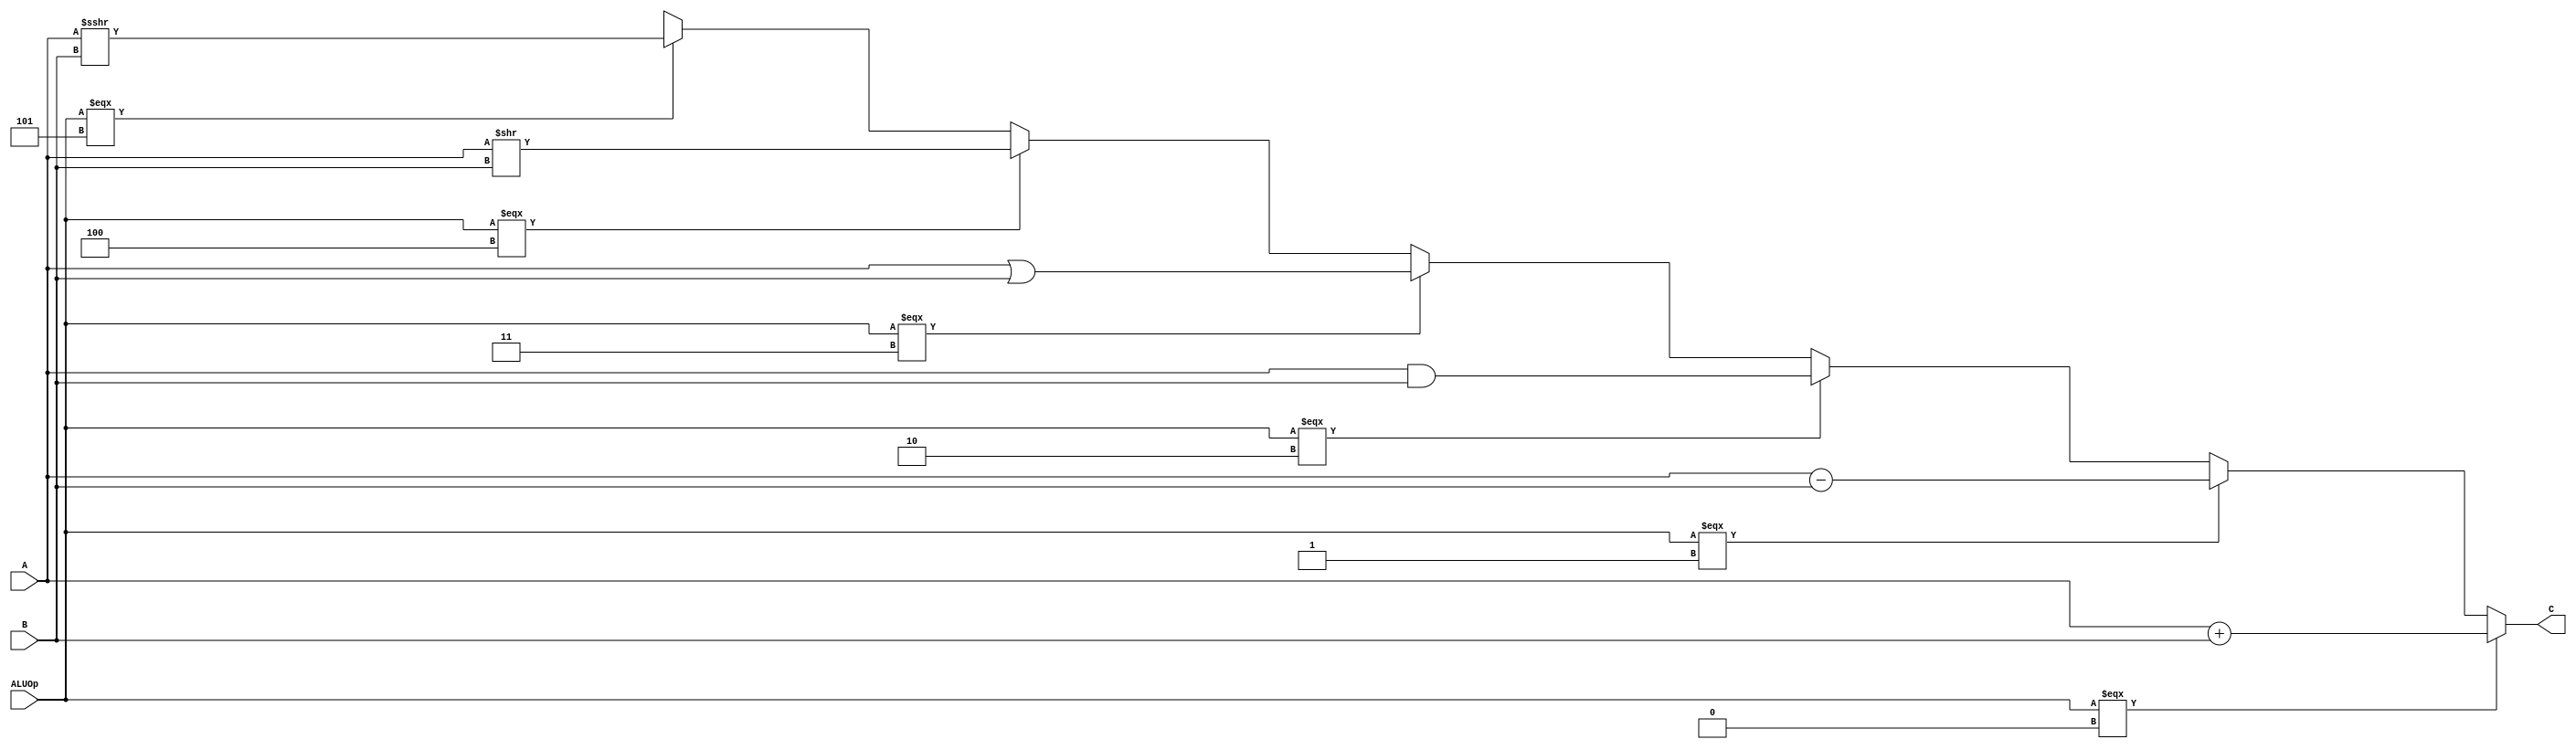
`timescale 1ns / 1ps
module alu(
	input[31:0] A,
	input[31:0] B,
	input[2:0] ALUOp,
	output[31:0] C
    );
	assign C =
		(ALUOp === 0) ? (A + B) :
		(ALUOp === 1) ? (A - B) :
		(ALUOp === 2) ? (A & B) :
		(ALUOp === 3) ? (A | B) :
		(ALUOp === 4) ? (A >> B) :
		(ALUOp === 5) ? ($signed($signed(A) >>> B)) : 32'bxxxxxxxx_xxxxxxxx_xxxxxxxx_xxxxxxxx;

endmodule